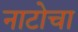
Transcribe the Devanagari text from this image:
नाटोचा